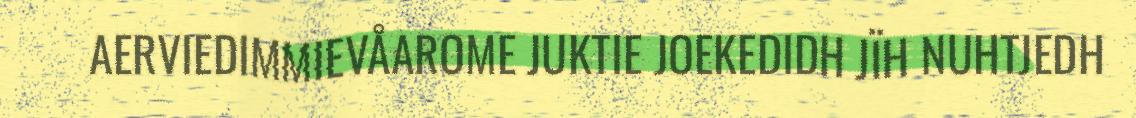
AERVIEDIMMIEVÅAROME JUKTIE JOEKEDIDH JÏH NUHTJEDH